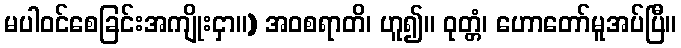
မပါဝင်စေခြင်းအကျိုးငှာ။) အဝစရာတိ၊ ဟူ၍။ ဝုတ္တံ၊ ဟောတော်မူအပ်ပြီ။